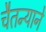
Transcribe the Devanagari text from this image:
चैतन्याने